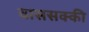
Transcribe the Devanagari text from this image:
वाससक्की